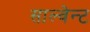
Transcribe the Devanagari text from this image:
साल्वेन्ट